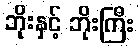
ဘိုးနှင့် ဘိုးကြီး